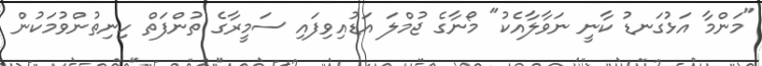
"މަންމާ އަޅުގަނޑު ކާނީ ނަވާލާއެކު" މޯނާގެ ޖުމްލަ އަޑުއިވިފައި ސަމީރާގެ ތުންފަތް ހިނިތުންވުމަކުން